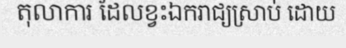
តុលាការ ដែលខ្វះឯករាជ្យស្រាប់ ដោយ